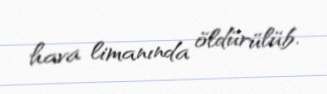
hava limanında öldürülüb.